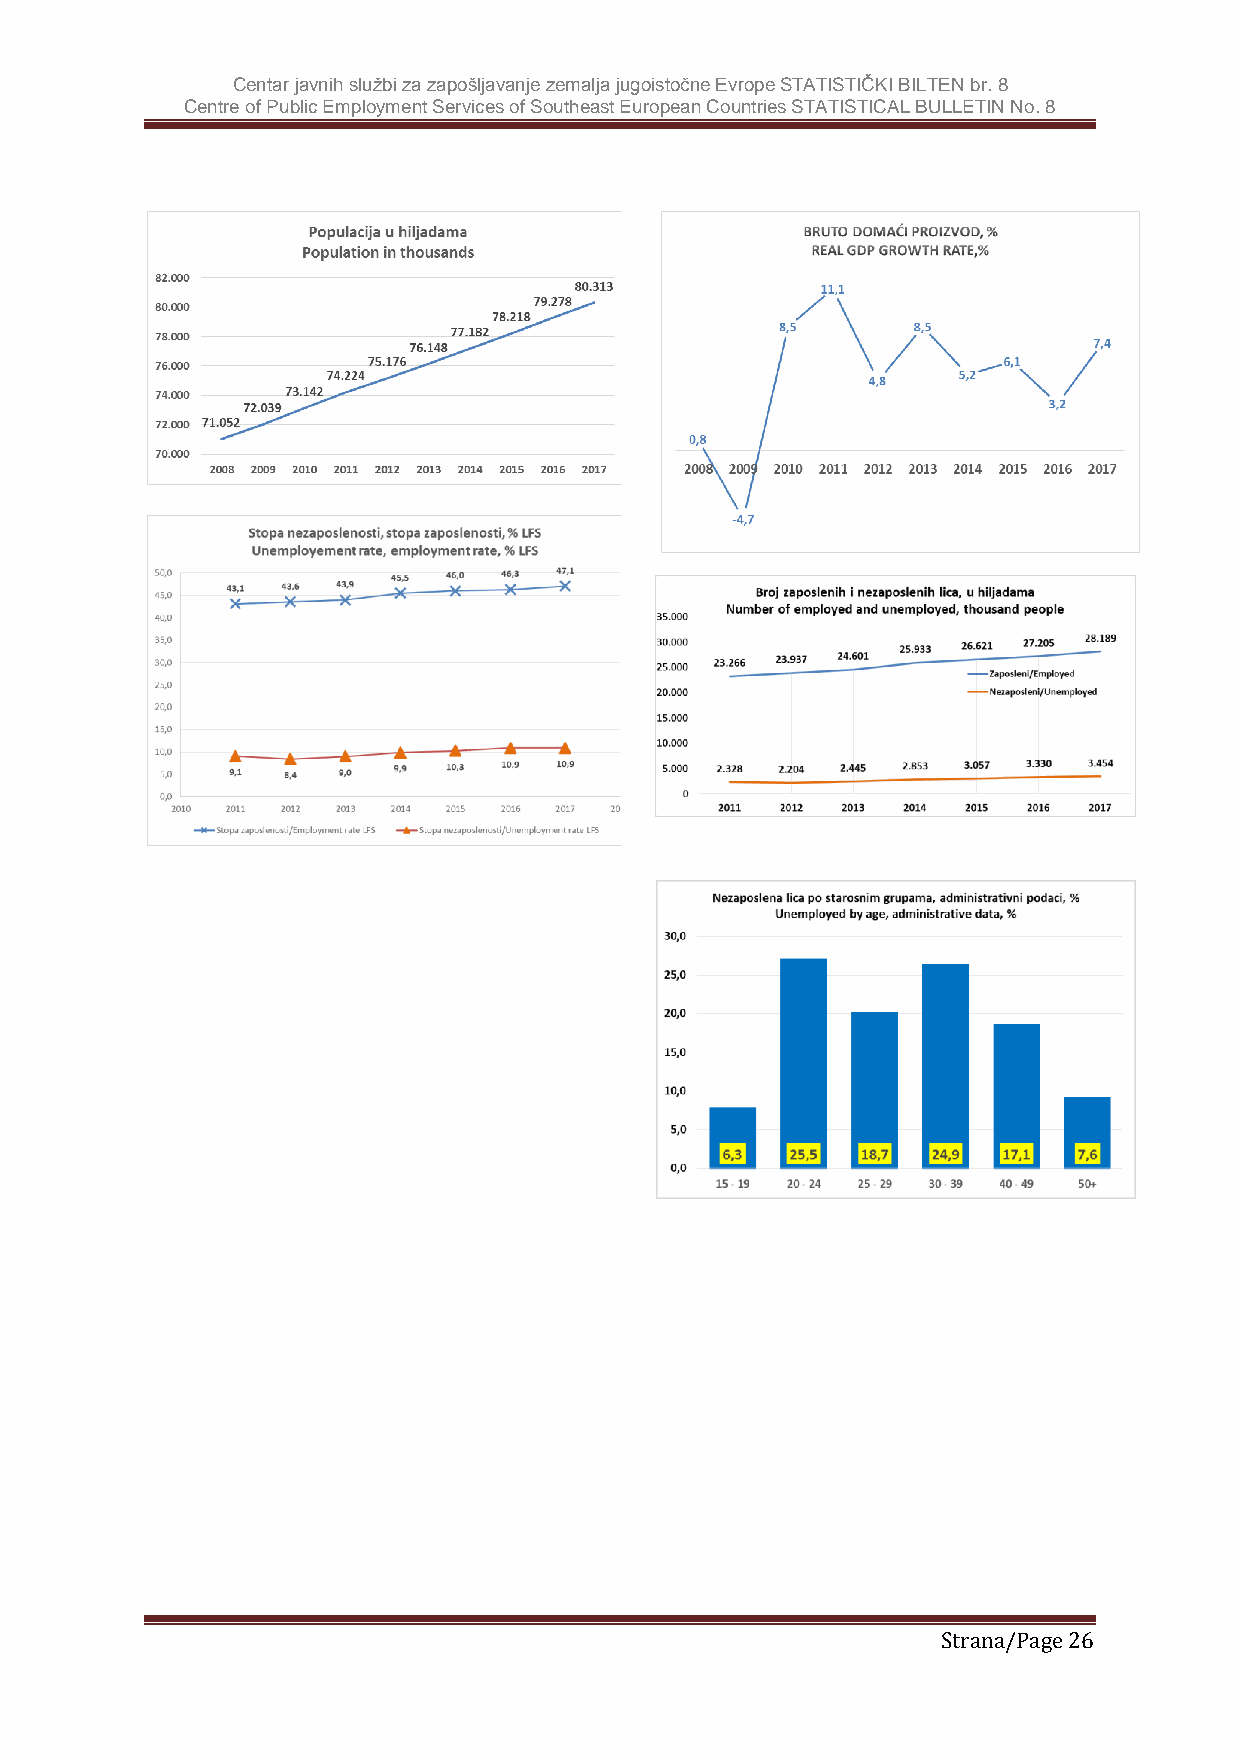
Centar javnih službi za zapošljavanje zemalja jugoistočne Evrope STATISTIČKI BILTEN br. 8
 Centre of Public Employment Services of Southeast European Countries STATISTICAL BULLETIN No. 8
 Strana/Page 26